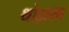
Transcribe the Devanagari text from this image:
थोड़ासा